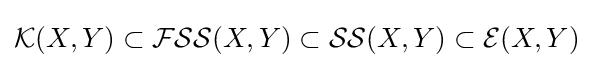
{\mathcal {K}}(X,Y)\subset {\mathcal {FSS}}(X,Y)\subset {\mathcal {SS}}(X,Y)\subset {\mathcal {E}}(X,Y)